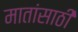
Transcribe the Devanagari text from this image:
मातांसाठी